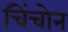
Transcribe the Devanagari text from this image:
चिंचोन